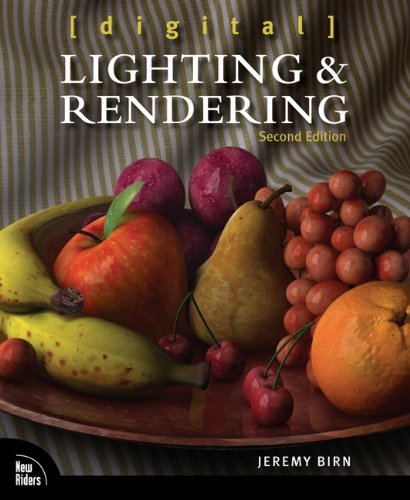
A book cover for Digital Lighting and Rendering (2nd Edition); Jeremy Birn; Computers & Technology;